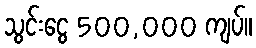
သွင်းငွေ 500,000 ကျပ်။